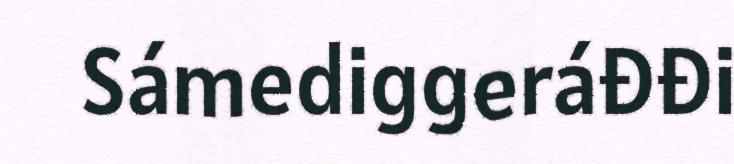
Sámediggeráđđi